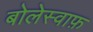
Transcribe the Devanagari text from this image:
बोलेस्वाफ़